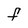
Character: F